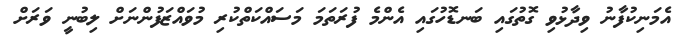
އެމަނިކުފާނު ވިދާޅުވި ގޮތުގައި ބަނޑޮހުގައި އެންމެ ފުރަތަމަ މަސައްކަތްކުރި މުވައްޒަފުންނަށް ލިބުނީ ވަރަށް